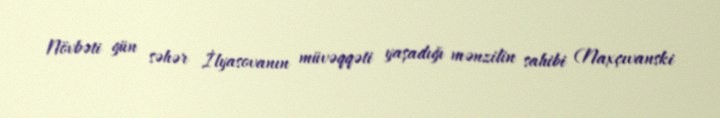
Növbəti gün səhər İlyasovanın müvəqqəti yaşadığı mənzilin sahibi (Naxçıvanski